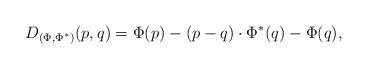
\begin{align*} D_{(\Phi,\Phi^*)}(p,q) = \Phi(p) - (p-q) \cdot \Phi^*(q) - \Phi(q),\end{align*}